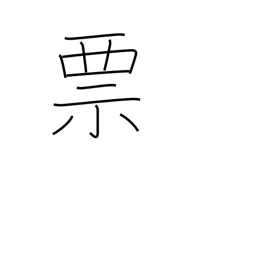
Meaning: label